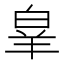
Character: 𭽗